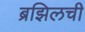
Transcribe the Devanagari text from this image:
ब्रझिलची